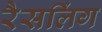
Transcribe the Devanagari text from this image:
रैसलिंग